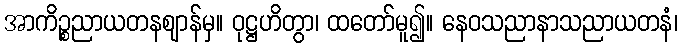
အာကိဉ္စညာယတနဈာန်မှ။ ဝုဋ္ဌဟိတွာ၊ ထတော်မူ၍။ နေဝသညာနာသညာယတနံ၊